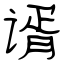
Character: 谞